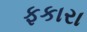
ફકારા